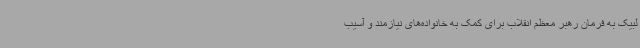
لبیک به فرمان رهبر معظم انقلاب برای کمک به خانواده‌های نیازمند و آسیب